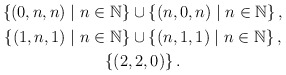
\begin{align*} \begin{gathered} \left\{ (0,n,n)\mid n\in\mathbb{N} \right\}\cup\left\{ (n,0,n)\mid n\in\mathbb{N} \right\}, \\ \left\{ (1,n,1)\mid n\in\mathbb{N} \right\}\cup\left\{ (n,1,1)\mid n\in\mathbb{N} \right\}, \\ \left\{ (2,2,0) \right\}. \end{gathered} \end{align*}